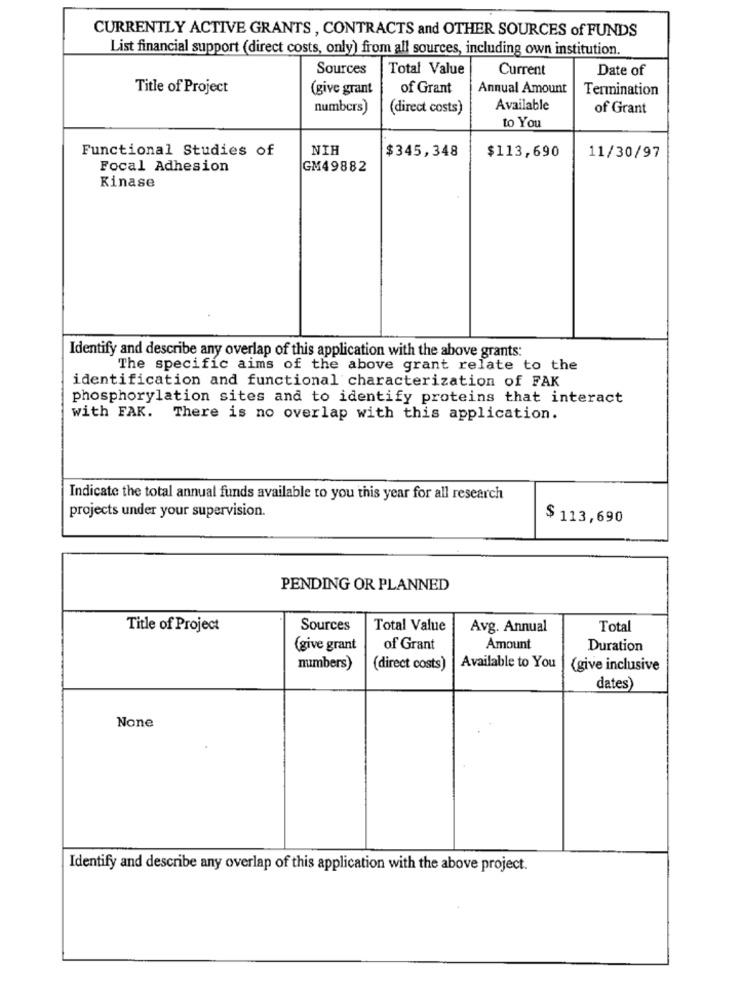
CURRENTLY ACTIVE GRANTS , CONTRACTS and OTHER SOURCES of FUNDS
List financial support (direct costs, only) from all sources, including own institution.
Sources
Total Value
Current
Date of
Title of Project
(give grant
of Grant
Annual Amount
Termination
numbers)
(direct costs)
Available
of Grant
to You
Functional Studies of
NIH
$345,348
$113,690
11/30/97
Focal Adhesion
GM49882
Kinase
Identify and describe any overlap of this application with the above grants:
The specific aims of the above grant relate to the
identification and functional characterization of FAK
phosphorylation sites and to identify proteins that interact
with FAK. There is no overlap with this application.
Indicate the total annual funds available to you this year for all research
projects under your supervision.
$ 113,690
PENDING OR PLANNED
Title of Project
Sources
Total Value
Avg. Annual
Total
(give grant
of Grant
Amount
Duration
numbers)
(direct costs)
Available to You
(give inclusive
dates
Identify and describe any overlap of this application with the above project.